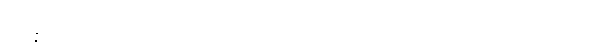
သမန္နာဂတော၊ ပြည့်စုံသော။ အာဝါသိကော၊ ကျောင်နေဖြစ်သော။ ဘိက္ခု၊ ရဟန်းကို။ အာဘာတံ၊